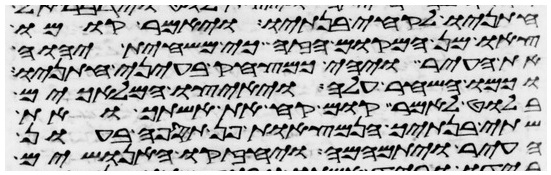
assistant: חתניו לקחי בנתיו ויאמר קומו
צאו מן המקום הזה כי משחית יהוה
את העיר ויהי כמצחק בעיני חתניו
וכמו השחר עלה ויאיצו המלאכים
בלוט לאמר קום קח את אשתך ואת
שתי בנתיך הנמצאות פן תספה בעון
העיר ויתמהמה ויחזקו האנושים